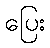
ပြေး